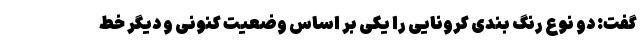
گفت: دو نوع رنگ بندی کرونایی را یکی بر اساس وضعیت کنونی و دیگر خط